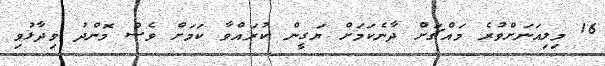
16 މިލިއަނަށްވުރެ މައްޗަށް ދާނެކަމަށް ޔަގީން ކުރައްވާ ކަމަށް ވެސް މޮންދު ވިދާޅުވި